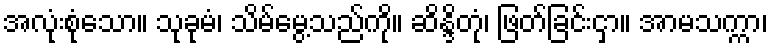
အလုံးစုံသော။ သုခုမံ၊ သိမ်မွေ့သည်ကို။ ဆိန္ဒိတုံ၊ ဖြတ်ခြင်းငှာ။ အာမသက္ကာ၊